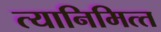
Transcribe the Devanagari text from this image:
त्‍यानिमित्‍त